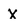
Character: x